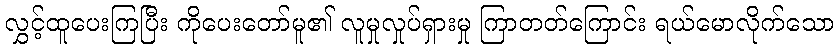
လွှင့်ထူပေးကြပြီး ကိုပေးတော်မူ၏ လူမှုလှုပ်ရှားမှု ကြာတတ်ကြောင်း ရယ်မောလိုက်သော